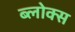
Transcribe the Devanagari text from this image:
ब्लोक्स